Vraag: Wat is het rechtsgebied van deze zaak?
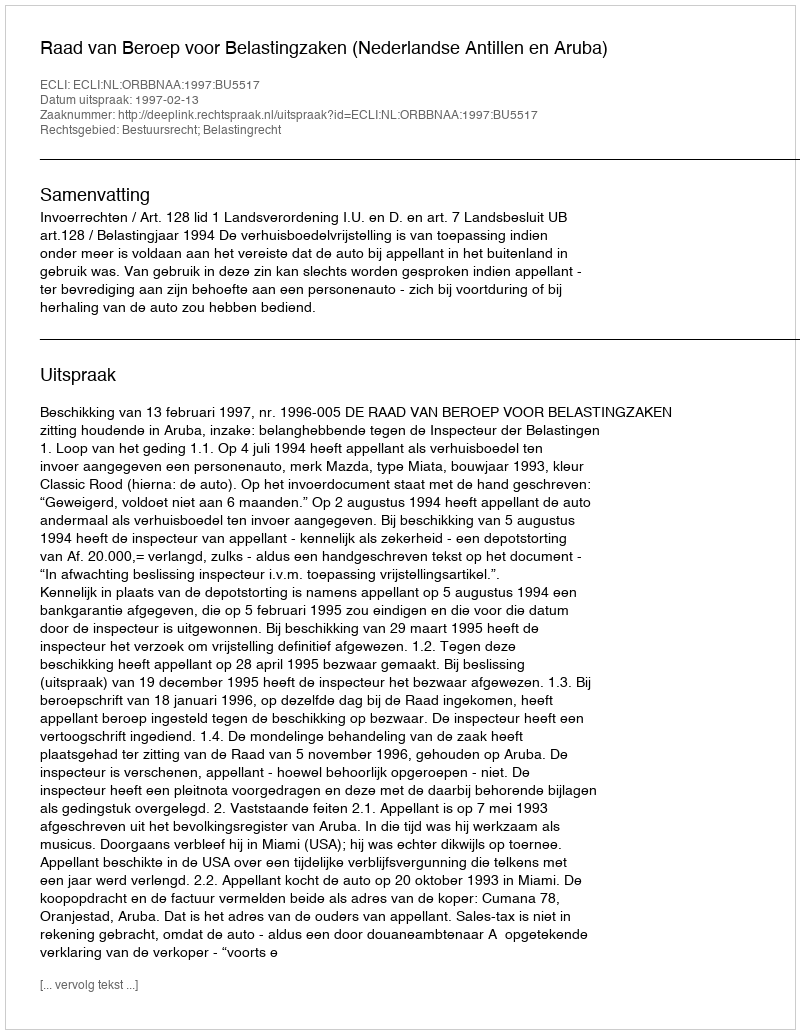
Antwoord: Bestuursrecht; Belastingrecht